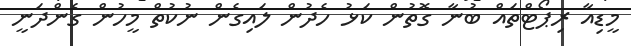
މީޑިއާ ރިޕޯޓްތައް ބުނާ ގޮތުން ކަޅު ހެދުން ލައިގެން ނުކުތް މީހުން ގެންދަނީ